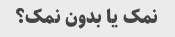
نمک یا بدون نمک؟